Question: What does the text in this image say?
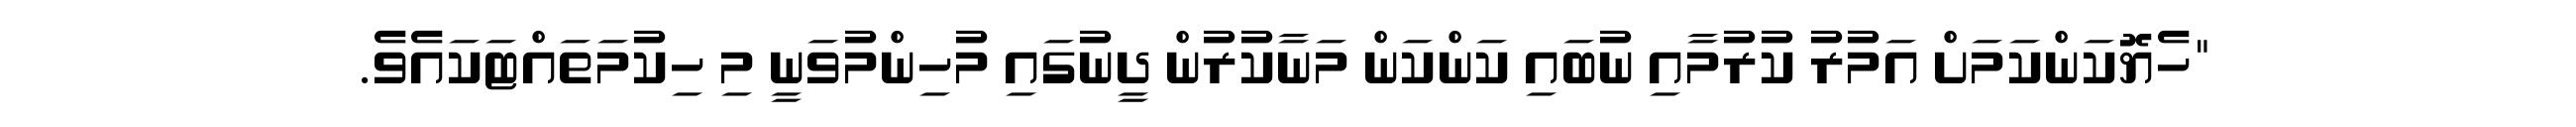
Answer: "ހެޔޮކަންކަމަށް އަމުރު ކުރުމާއި ނުބައި ކަންކަން މަނާކުރުން ދީނުގައި މުހިންމުވަނީ މި ހިކުމަތައްޓަކައެވެ.